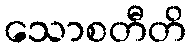
သောစတီတိ